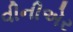
વીનીએર